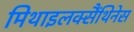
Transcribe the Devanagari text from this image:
मिथाइलक्सैंथिनेस